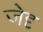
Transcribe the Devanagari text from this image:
जेदृ